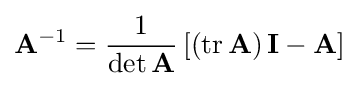
\mathbf {A} ^{-1}={\frac {1}{\det \mathbf {A} }}\left[\left(\operatorname {tr} \mathbf {A} \right)\mathbf {I} -\mathbf {A} \right]